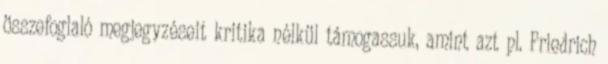
összefoglaló megjegyzéseit kritika nélkül támogassuk, amint azt pl. Friedrich